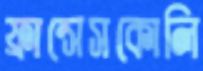
ফ্রান্সেসকোলি